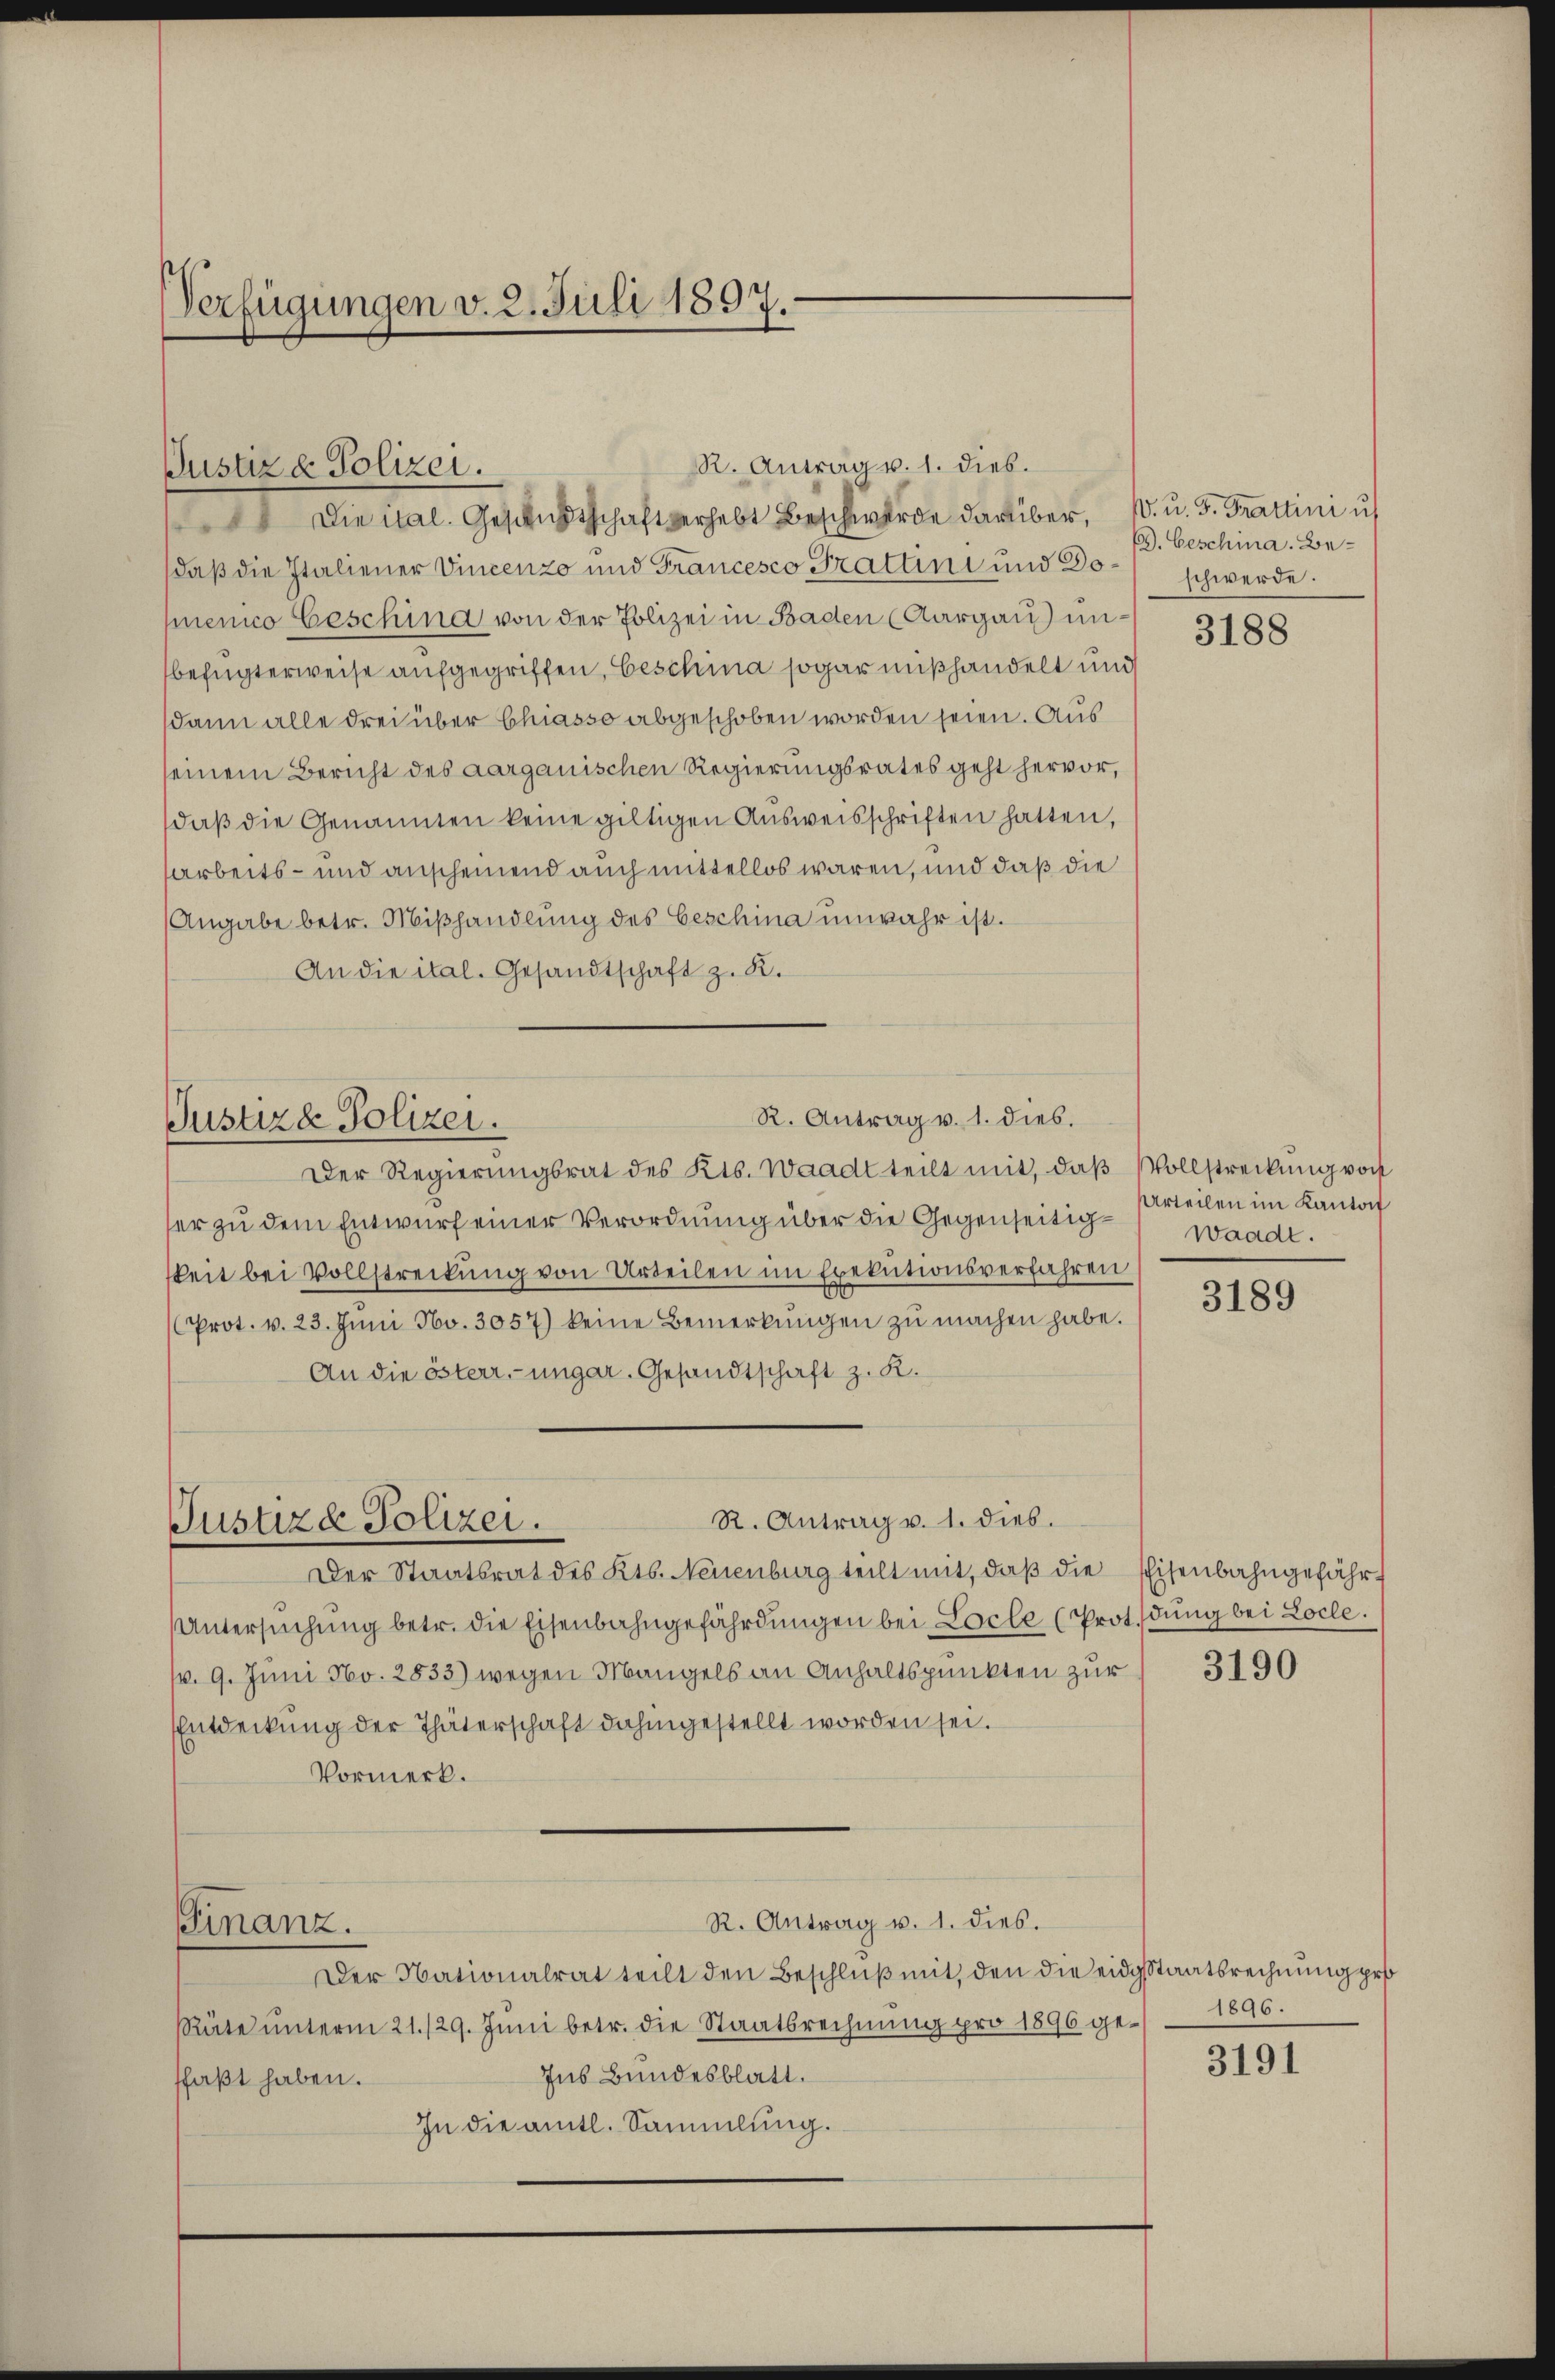
Verfügungen v. 2. Juli 1897.

R. Antrag v. 1. dies.
Justiz & Polizei.
 Die mal. Gesandtschaft verhebt Beschwerde darüber, s. u. 3. Martini u.

daß die Italiener Vincenzo und Francesco Trattini und Doenico besching von der Polizei in Baden (Aargau unbefugterweise aufgegriffen, beschina sogar mißhandelt und
dann alle drei über Chiasso abgeschoben worden seien. Aus
einem Bericht des aarganischen Regierungsrates geht hervor,
daβ die Genannten keine giltigen Aŭsweisschriften hatten,
sarbeits- und anscheinend auch mittellos waren, und daß die
Angabe betr. Mißhandlung des Geschina unwahr ist.
An die ital. Gesandtschaft z. B.

R. Antrag v. 1. dies.
Justizd Polizei.

R. Antrag v. 1. dies.
Justizd Polizei.

Der Regierungsrat des Kts. Waadt teilt mit, daß Vollstreckung von
ser zu dem Entwurf einer Verordnung über die Gegenseitigkeit bei Vollstreckŭng von Urteilen im Exekutionsverfahren
Prot. v. 23. Jŭni No. 3057) keine Bemerkŭngen zŭ machen habe.
An die österr.-ungar. Gesandtschaft z. R.
Der Staatsrat des Kts. Neuenburg teilt mit, daβ die Eisenbahngefährt
Untersŭchŭng betr. die Eisenbahngefährdungen bei Locle (Protdung bei Locle.
v. 9. Juni No. 2833) wegen Mangels an Anhaltspunkten zur
Entdeckung der Thäterschaft dahingestellt worden sei.
Vormerk.
R. Antrag v. 1. dies.
Finanz.
Der Nationalrat teilt den Beschluß mit den die eidgsstaatsrechnung pro
Räte ŭnterm 21./29. Jŭni betr. die Staatsrechnŭng pro 1896 ge- 1896.
Ins Bundesblatt.
faßt haben.
In die amtl. Sammlung.

E. Geschina. Beschwerde.

3188

Urteilen im Kanton
waadt.

3189

3190

3191